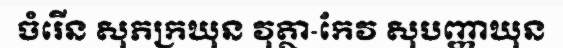
ចំរើន សុភក្រឃុន វុត្ថា-កែវ សុបញ្ញាឃុន